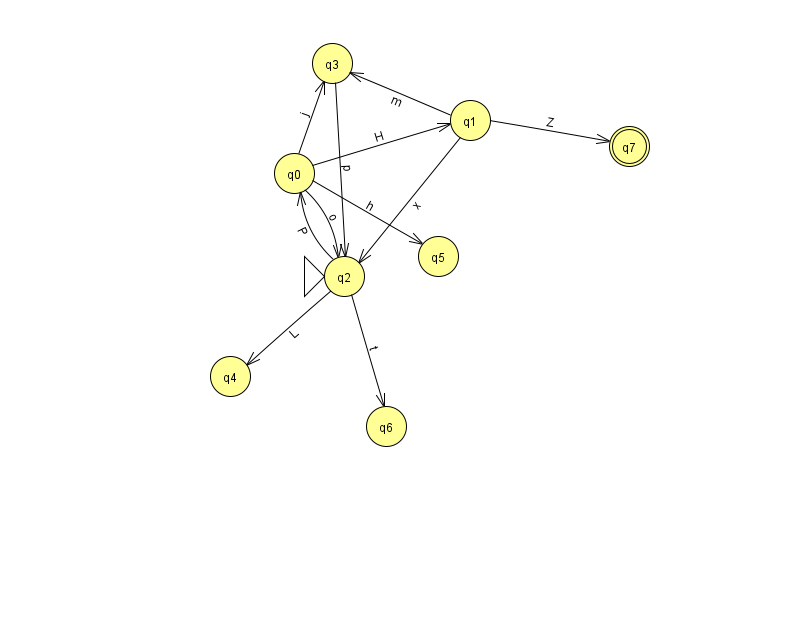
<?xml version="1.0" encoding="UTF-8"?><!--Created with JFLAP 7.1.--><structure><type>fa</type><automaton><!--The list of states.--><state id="0" name="q0"><x>294.0</x><y>160.0</y></state><state id="1" name="q1"><x>470.0</x><y>107.0</y></state><state id="2" name="q2"><x>344.0</x><y>263.0</y><initial/></state><state id="3" name="q3"><x>332.0</x><y>50.0</y></state><state id="4" name="q4"><x>230.0</x><y>363.0</y></state><state id="5" name="q5"><x>438.0</x><y>243.0</y></state><state id="6" name="q6"><x>386.0</x><y>413.0</y></state><state id="7" name="q7"><x>629.0</x><y>133.0</y><final/></state><!--The list of transitions.--><transition><from>0</from><to>2</to><read>o</read></transition><transition><from>1</from><to>2</to><read>x</read></transition><transition><from>2</from><to>6</to><read>t</read></transition><transition><from>2</from><to>4</to><read>L</read></transition><transition><from>3</from><to>2</to><read>p</read></transition><transition><from>0</from><to>1</to><read>H</read></transition><transition><from>0</from><to>5</to><read>h</read></transition><transition><from>1</from><to>3</to><read>m</read></transition><transition><from>1</from><to>7</to><read>Z</read></transition><transition><from>0</from><to>3</to><read>j</read></transition><transition><from>2</from><to>0</to><read>P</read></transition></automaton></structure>